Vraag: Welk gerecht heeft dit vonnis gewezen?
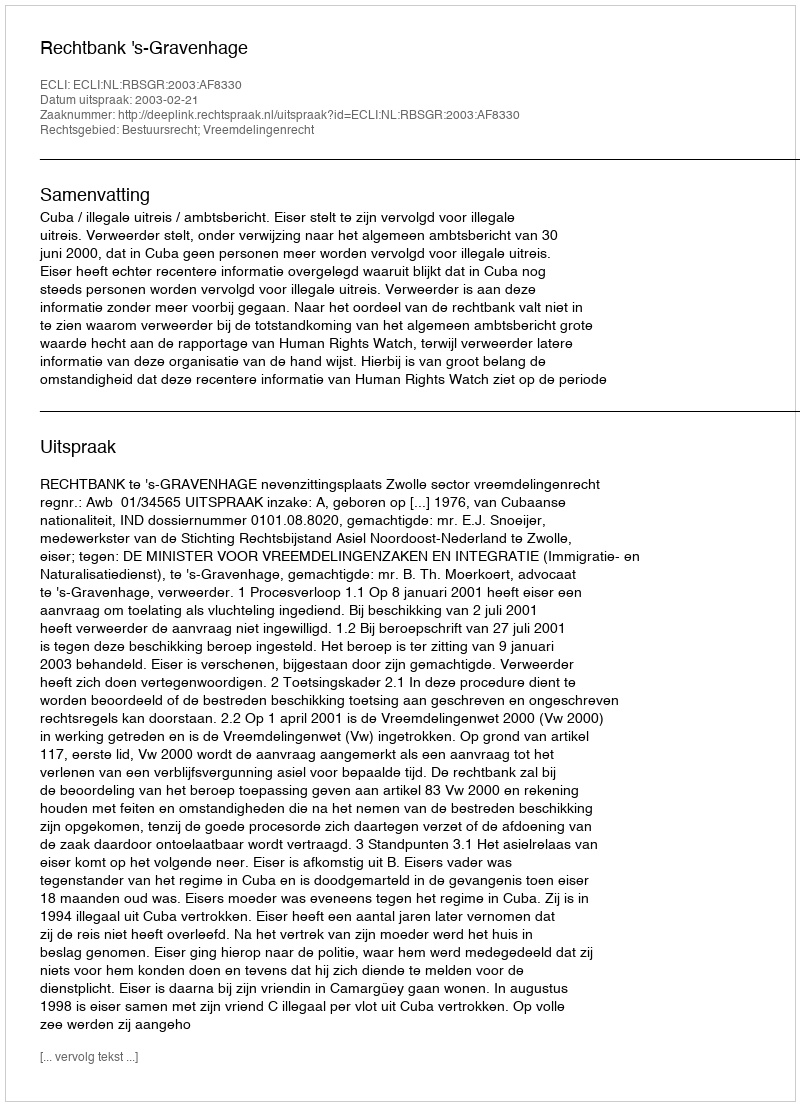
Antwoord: Rechtbank 's-Gravenhage